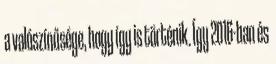
a valószínűsége, hogy így is történik. Így 2016-ban és